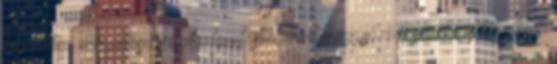
kalandba, nevezetesen a gitártanulásba, mert meggyőződésük, hogy túl idősek